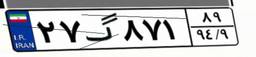
۲۷گ۸۷۱۸۹